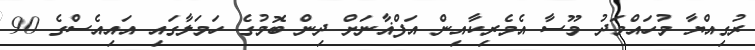
ރުގިއްޔާ މުހައްމަދު މޫސާ އެމެރިކާއިން އަފްޣާނަށް ދިން ބޮމުގެ ހަމަލާގައި އައިއެސްގެ 90